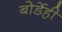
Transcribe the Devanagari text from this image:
बोर्डेही